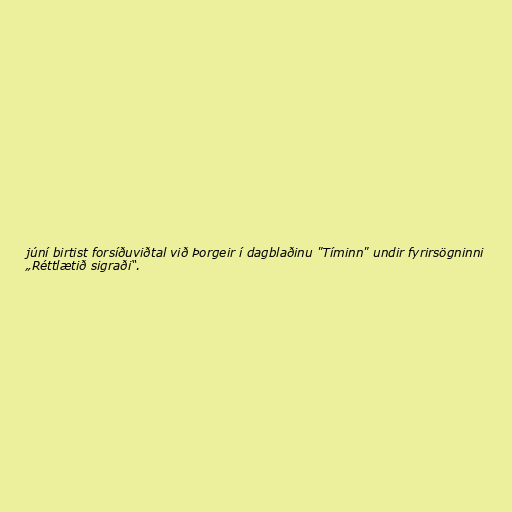
júní birtist forsíðuviðtal við Þorgeir í dagblaðinu "Tíminn" undir fyrirsögninni
„Réttlætið sigraði“.